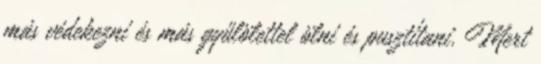
más védekezni és más gyűlölettel ölni és pusztítani. Mert